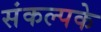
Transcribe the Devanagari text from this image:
संकल्पके